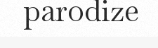
parodize